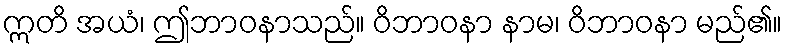
ဣတိ အယံ၊ ဤဘာဝနာသည်။ ဝိဘာဝနာ နာမ၊ ဝိဘာဝနာ မည်၏။